Vaccination United Provinces of Agra and Oudh 1902-1913 - 1902-1913
Year: 1902
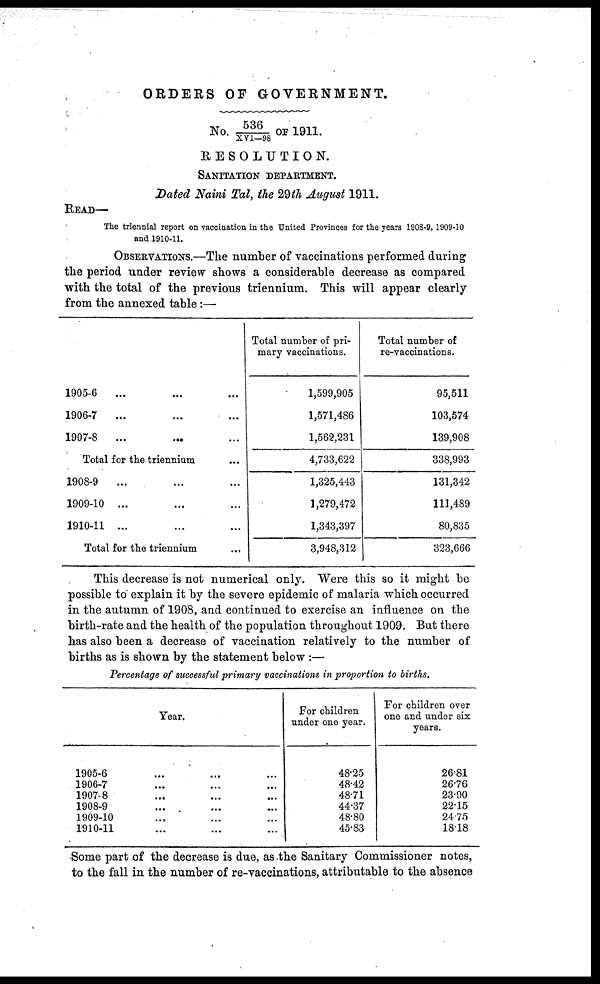
ORDERS OF GOVERNMENT.
No. 536/XVI—98 OF 1911.
RESOLUTION.
SANITATION DEPARTMENT.
Dated Naini Tal, the 29th August 1911.
READ—
The triennial report on vaccination in the United Provinces for the years 1908-9, 1909-10
and 1910-11.
OBSERVATIONS.—The number of vaccinations performed during
the period under review shows a considerable decrease as compared
with the total of the previous triennium. This will appear clearly
from the annexed table:—
1905-6
... ... ...
1906-7
... ... ...
1907-8
... ... ...
Total for the triennium ...
1908-9
... ... ...
1909-10 ... ... ...
1910-11 ... ... ...
Total for the triennium ...
Total number of pri-
mary vaccinations.
1,599,905
1,571,486
1,562,231
4,733,622
1,325,443
1,279,472
1,343,397
3,948,312
Total number of
re-vaccinations.
95,511
103,574
139,908
338,993
131,342
111,489
80,835
323,666
This decrease is not numerical only. Were this so it might be
possible to explain it by the severe epidemic of malaria which occurred
in the autumn of 1908, and continued to exercise an influence on the
birth-rate and the health of the population throughout 1909. But there
has also been a decrease of vaccination relatively to the number of
births as is shown by the statement below :—
Percentage of successful primary vaccinations in proportion to births.
Year.
1905-6 ... ... ...
1906-7 ... ... ...
1907-8 ... ... ...
1908-9 ... ... ...
1909-10 ... ... ...
1910-11 ... ... ...
For children
under one year.
48.25
48.42
48.71
44.37
48.80
45.83
For children over
one and under six
years.
26.81
26.76
23.90
22.15
24.75
18.18
Some part of the decrease is due, as the Sanitary Commissioner notes,
to the fall in the number of re-vaccinations, attributable to the absence